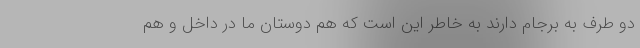
دو طرف به برجام دارند به خاطر این است که هم دوستان ما در داخل و هم